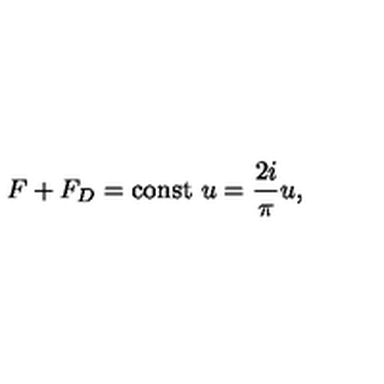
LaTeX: F + F _ { D } = \mathrm { c o n s t } \ u = \frac { 2 i } { \pi } u ,